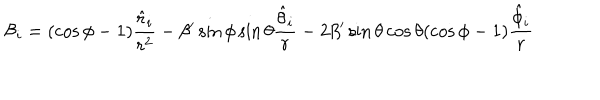
LaTeX: { \mathcal { B } } _ { i } = ( \cos \phi - 1 ) \frac { \hat { r } _ { i } } { r ^ { 2 } } - \beta ^ { \prime } \sin \phi \sin \theta \frac { \hat { \theta } _ { i } } { r } - 2 \beta ^ { \prime } \sin \theta \cos \theta ( \cos \phi - 1 ) \frac { \hat { \phi } _ { i } } { r }